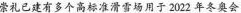
崇礼已建有多个高标准滑雷场用于2022年冬奥会